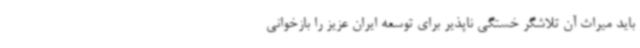
باید میراث آن تلاشگر خستگی ناپذیر برای توسعه ایران عزیز را بازخوانی